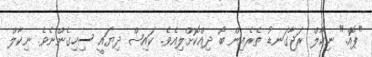
"ޕޮއް." ނިކާލް ރަޖާގަނޑު ތެރެއިން ބޯ ދިއްކޮށްލިއެވެ. ކައިޝް ދިޔައީ ސިހިގެންނެވެ. ނިކާލް